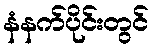
နံနက်ပိုင်းတွင်